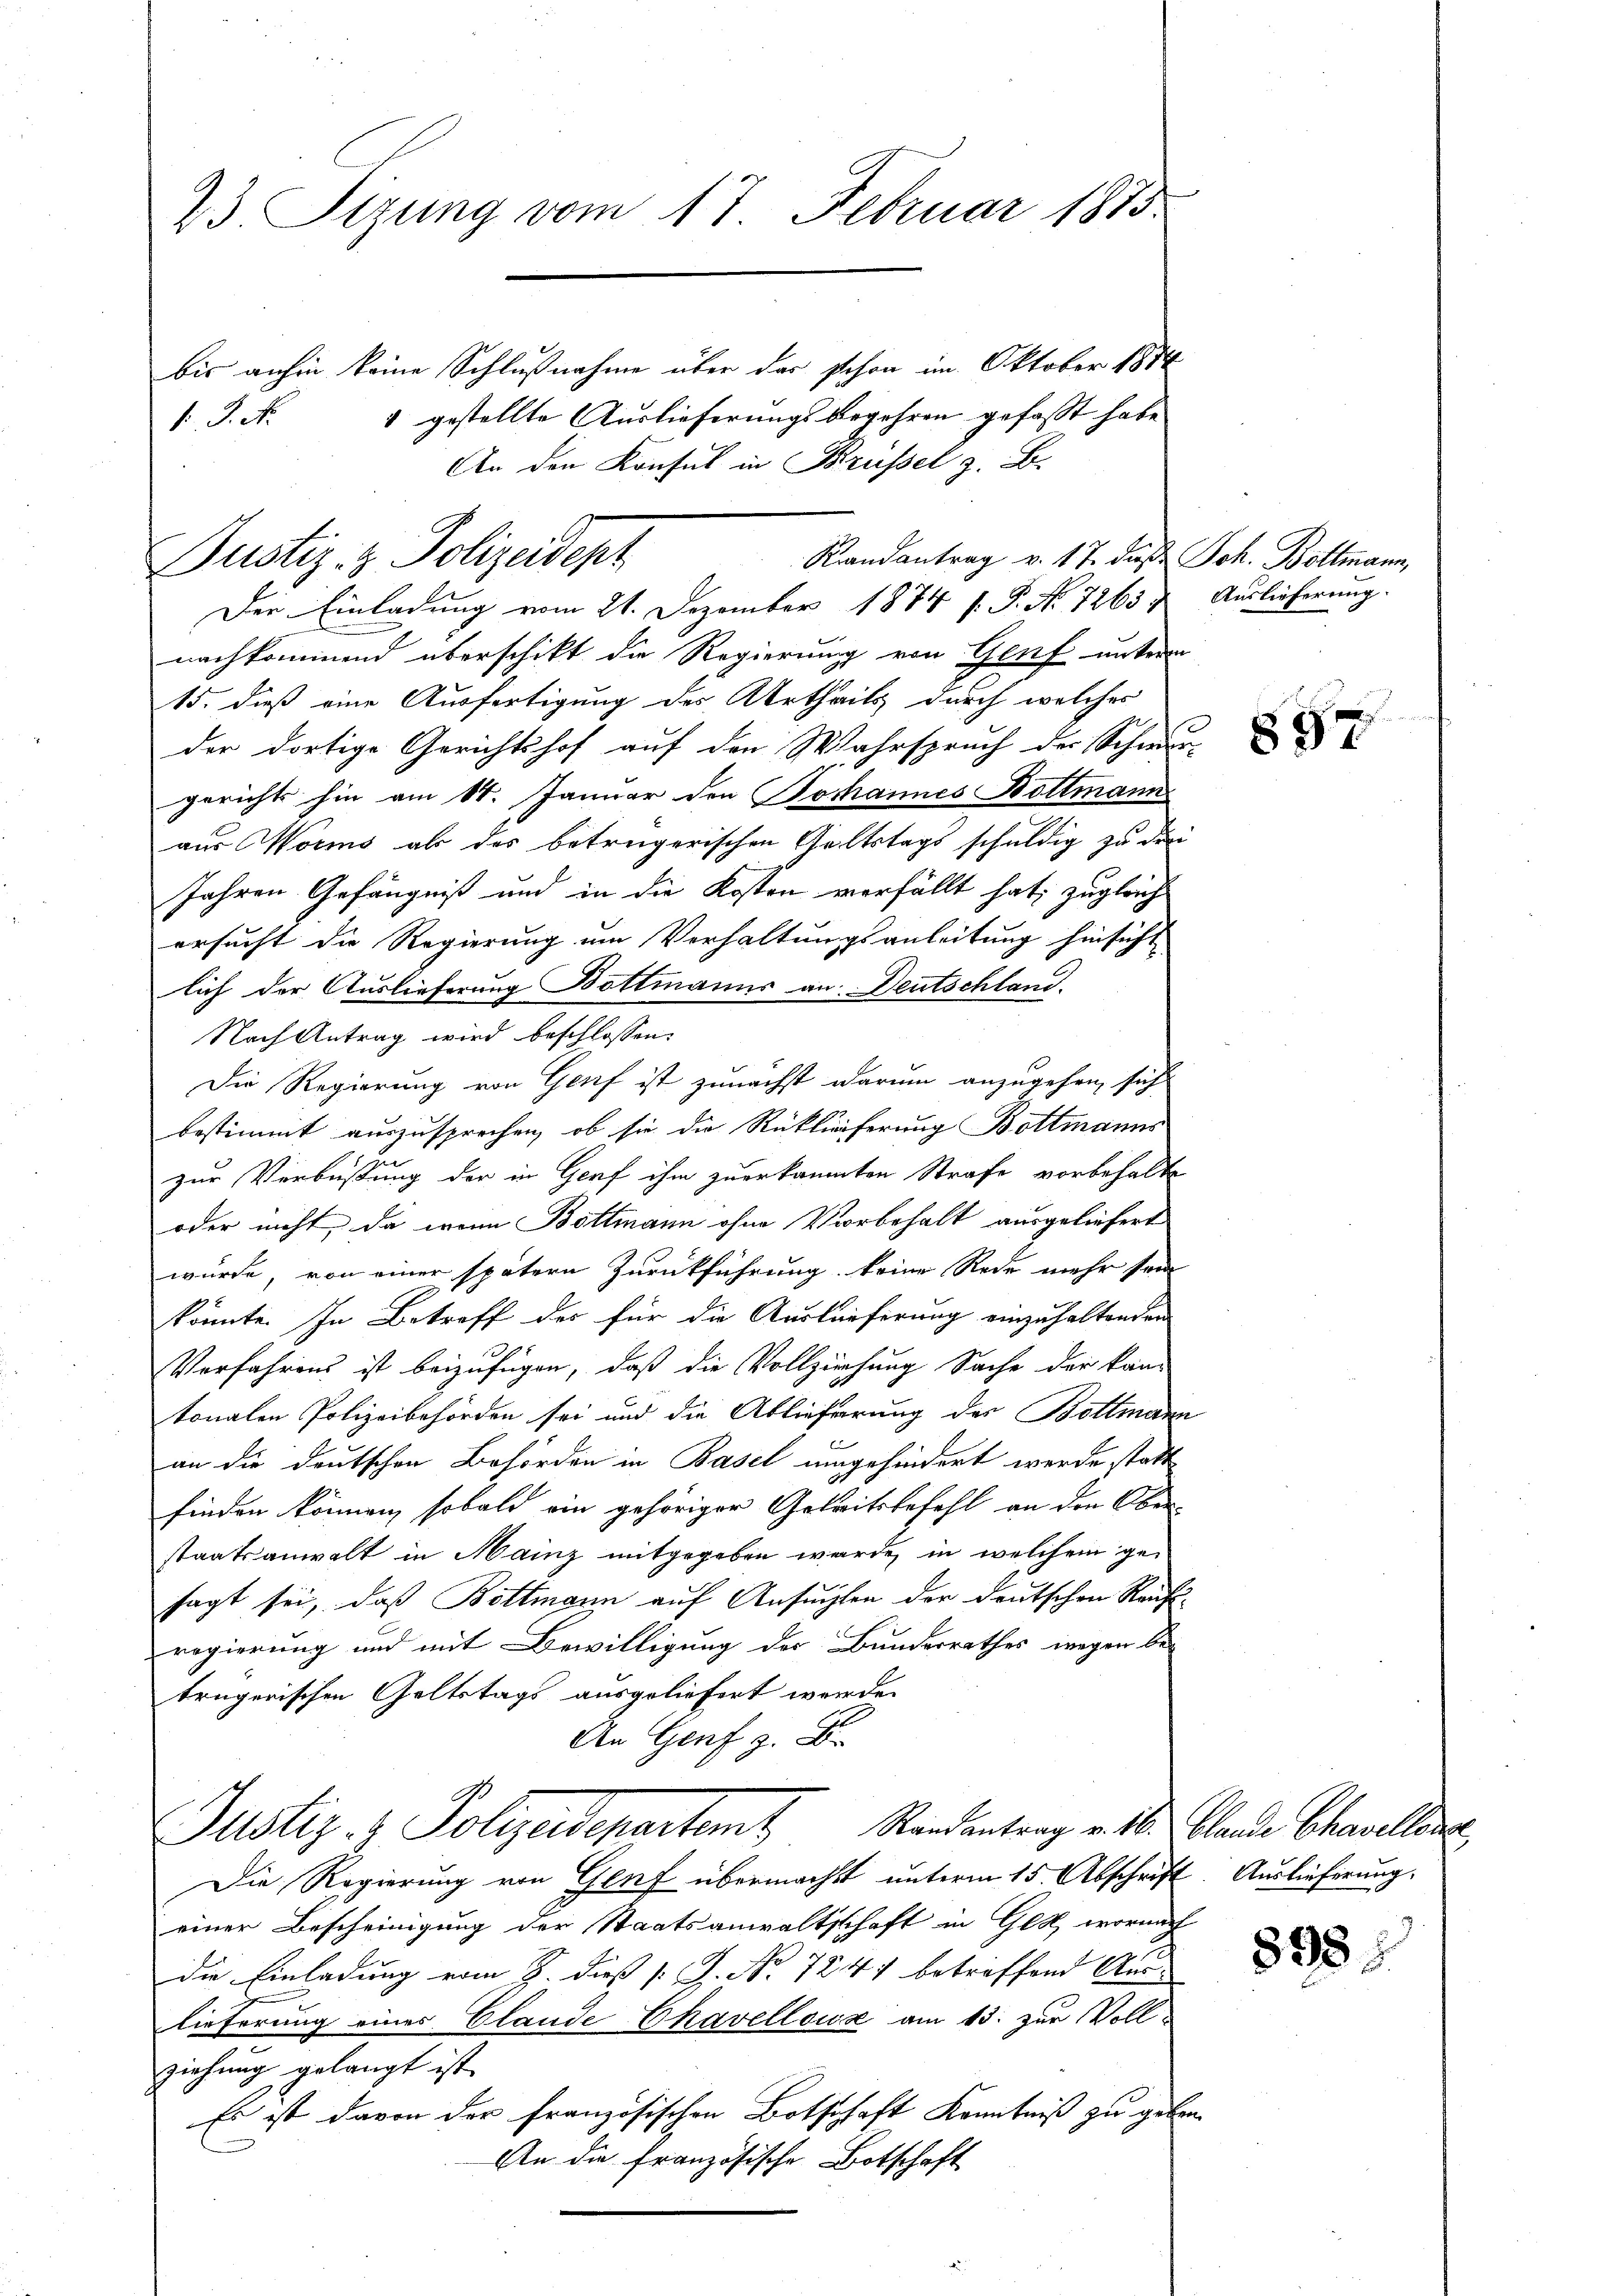
23 Sizung vom 17. Februar 1815

bis anhin keine Schlußnahme über das schon im Oktober 1884
1 J. N. 4 gestellte Auslieferungsbegehren gefaßt habe
An den Konsul in Brüssel z. B.
Randantrag v. 17. daß Joh. Bottmann,
Justiz- & Polizeidept

Der Einladung vom 21. Dezember 1874 f. P. Nr. 7263 u. Auslieferung.
nachkommend überschikt die Regierung von Genf unterm
15. dieß eine Ausfertigung des Urtheils durch welches
der dortige Gerichtshof auf den Wahrspruch der Schwurgerichts hin am 14. Januar den Jochannes Bottmann
aus Worms als das betrügerischen Geltstags schuldig zu drei
Jahren Gefängniß und in die Kosten verfällt hat, zugleich
ersucht die Regierung um Verhaltungsanleitung hinsicht
lich der Auslieferung Bottmanns an Deutschland.
Nach Antrag wird beschlossen:
Die Regierung von Genf ist zunächst darum anzugehen, sich
bestimmt auszusprechen, ob sie die Rücklieferung Bottmanns
zur Verbüssung der in Genf ihm zuerkannten Strafe vorbehalte
oder nicht, da wenn Bottmann ohne Vorbehalt ausgeliefert
wurde, von einer spätern Zurückführung keine Rede mehr sein
könnte. In Betreff des für die Auslieferung einzuhaltenden
Verfahrens ist beizufügen, daß die Vollziehung Sache der kan-
tonalen Polizeibehörden sei und die Ablieferung des Bottmann
an die deutschen Behörden in Basel umgehindert werde statt
finden können, sobald ein gehöriger Geleitsbefehl an den Ober
staatsanwalt in Mainz mitgegeben wurde, in welchem gesagt sei, daß Bottmann auf Ansuchten der deutschen Raufs-
regierung und mit Bewilligung der Bundesrathes wegen be-
trügerischen Geltstags ausgeliefert werde.
An Genf z. B.
Justiz- & Polizeidepartemt Randantrag v. Mts. Blande Chamellene
Die Regierung von Genf übermacht unterm 15. Abschrift. Auslieferung,
einer Bescheinigung der Staatsanwaltschaft in Glat, worauch
die Einladung vom 8. dieß (: J. No. 724 betreffend Aus-
lieferung eines Glande Chavellous am 13. zur Voll-
ziehung gelangt ist.
Es ist davon der französischen Botschaft Kenntniß zu geben.
An die französische Botschaft

857

898